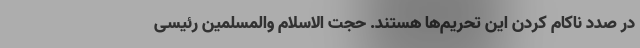
در صدد ناکام کردن این تحریم‌ها هستند. حجت الاسلام والمسلمین رئیسی